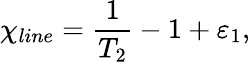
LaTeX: {{\chi}_{line}}=\frac{1}{{{T}_{2}}}-1+{{\varepsilon}_{1}},